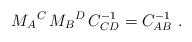
\begin{align*}M_A{}^C\,M_B{}^D\,C^{-1}_{CD}=C^{-1}_{AB}\ .\end{align*}